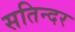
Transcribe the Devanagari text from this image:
सतिन्दर